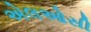
એલઓસી